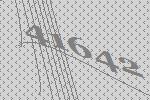
41642